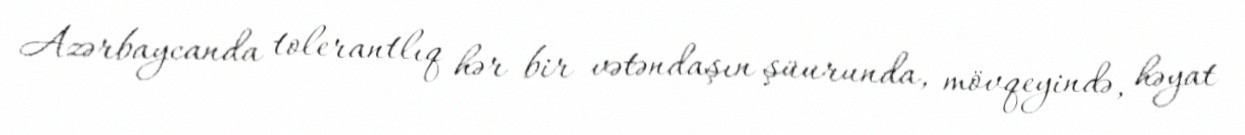
Azərbaycanda tolerantlıq hər bir vətəndaşın şüurunda, mövqeyində, həyat